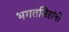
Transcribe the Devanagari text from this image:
भगतसिहांनी